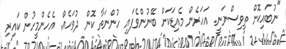
"ނުބައިކޮށް ތިވިސްނަނީ. އަހަރެން މެއިޑަކަށް ބޭނުންވެފައި ހުންނަތާ ކޮން ދުވަހެއް. އެހެންމީހުން ކައިރި